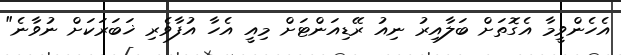
އެހެންވީމާ އެގޮތަށް ބަލާއިރު ނިއު ރޭޑިއަންޓަށް މިއީ އެހާ އުފާވެރި ޚަބަރަކަށް ނުވާނެ"